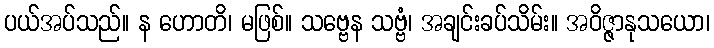
ပယ်အပ်သည်။ န ဟောတိ၊ မဖြစ်။ သဗ္ဗေန သဗ္ဗံ၊ အချင်းခပ်သိမ်း။ အဝိဇ္ဇာနုသယော၊